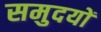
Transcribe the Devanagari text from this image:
समुदयों